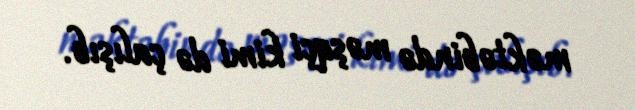
məktəbində məşqçi kimi də çalışıb.